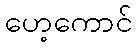
ဟေ့ကောင်